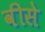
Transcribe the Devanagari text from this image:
वीसे